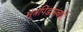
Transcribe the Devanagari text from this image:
मूत्रपिंडांसंबंधी